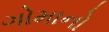
ગોમાનો